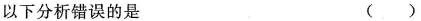
以下分析错误的是 ()